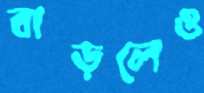
বাড়লেও